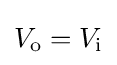
V_{\text{o}}=V_{\text{i}}